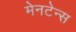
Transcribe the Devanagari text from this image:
मेनटेन्स